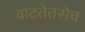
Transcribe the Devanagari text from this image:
वाटतेतसेच